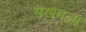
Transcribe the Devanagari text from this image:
मखमला